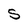
Character: S